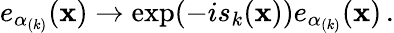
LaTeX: e_{\alpha_{(k)}}(\mathbf{x})\rightarrow\exp(-is_{k}(\mathbf{x}))e_{\alpha_{(k)}}(\mathbf{x})\, .